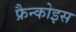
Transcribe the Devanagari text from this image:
फ्रैन्कोइस